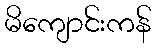
မိကျောင်းကန်